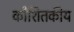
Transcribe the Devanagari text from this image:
कौशितकीय